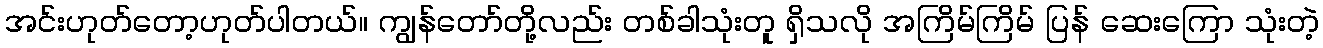
အင်းဟုတ်တော့ဟုတ်ပါတယ်။ ကျွန်တော်တို့လည်း တစ်ခါသုံးတူ ရှိသလို အကြိမ်ကြိမ် ပြန် ဆေးကြော သုံးတဲ့